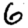
Digit: 6